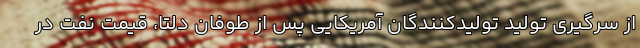
از سرگیری تولید تولیدکنندگان آمریکایی پس از طوفان دلتا، قیمت نفت در